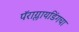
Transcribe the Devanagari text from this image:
पॅराग्लायडिंगचा